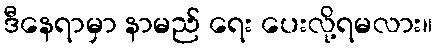
ဒီနေရာမှာ နာမည် ရေး ပေးလို့ရမလား။